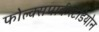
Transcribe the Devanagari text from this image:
फोल्क्सपार्कस्टेडियोन